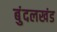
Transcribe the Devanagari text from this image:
बुंदलखंड